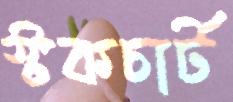
স্টকচার্ট